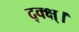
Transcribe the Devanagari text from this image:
द्क्क्ष्।